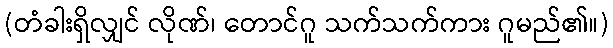
(တံခါးရှိလျှင် လိုဏ်၊ တောင်ဂူ သက်သက်ကား ဂူမည်၏။)